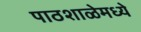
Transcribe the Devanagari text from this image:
पाठशाळेमध्ये